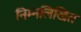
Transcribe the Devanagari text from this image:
निम्‍नलिखित